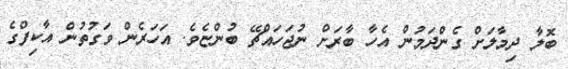
ބޮލާ ދިމާލަށް ގެންދަމުން އެހާ ބާރަށް ނުޖަހައްޗޭ ބުންޏެވެ. އަހަރެން ވަގުތުން އާކިފްގެ